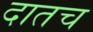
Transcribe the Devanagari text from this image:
दातच